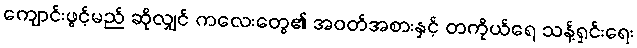
ကျောင်းဖွင့်မည် ဆိုလျှင် ကလေးတွေ၏ အဝတ်အစားနှင့် တကိုယ်ရေ သန့်ရှင်းရေး